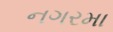
નગરમા